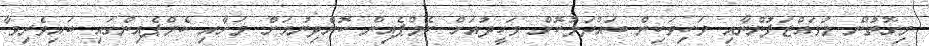
މިގޮތުން މުވައްޒަފުންނާއި ވަކިވަކިން ބައްދަލުކޮށް ވަހީދުއަށް ކެމްޕެއިން ކޮށްދިނުމަށް މަށާއި ކެމްޕެއިންގައި ބައިވެރިވާ